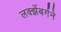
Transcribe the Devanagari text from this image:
लक्झेंबर्गने